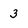
Character: 3